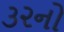
૩૨નો